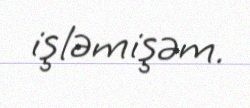
işləmişəm.